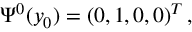
\Psi ^ { 0 } ( y _ { 0 } ) = ( 0 , 1 , 0 , 0 ) ^ { T } \, ,